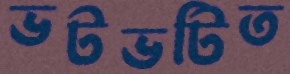
ভটভটিত